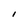
Character: I